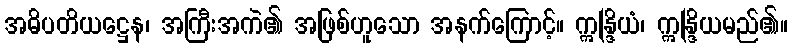
အဓိပတိယဋ္ဌေန၊ အကြီးအကဲ၏ အဖြစ်ဟူသော အနက်ကြောင့်။ ဣန္ဒြိယံ၊ ဣန္ဒြိယမည်၏။